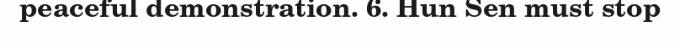
peaceful demonstration. 6. Hun Sen must stop